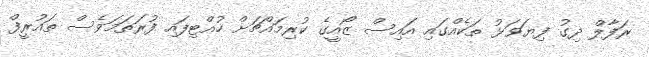
ރަފާލް ދިގު ފިޔަވަޅު ތަކެއްގައި އައިސް ޒޯއީގެ ކުރިމައްޗަށް ހުއްޓިފައި ފުރަތަމަވެސް ތައުރީފް